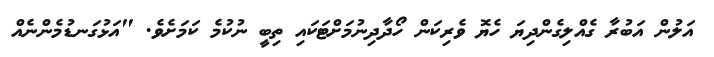
އަލުން އަބުރާ ގެއްލިގެންދިޔަ ހެޔޮ ވެރިކަން ހޯދާދިނުމަށްޓަކައި ތިބީ ނުކުމެ ކަމަށެވެ. "އަޅުގަނޑުމެންނެއް